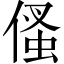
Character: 𠋺